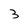
Character: 3